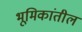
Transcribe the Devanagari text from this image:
भूमिकांतील